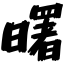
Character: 曙